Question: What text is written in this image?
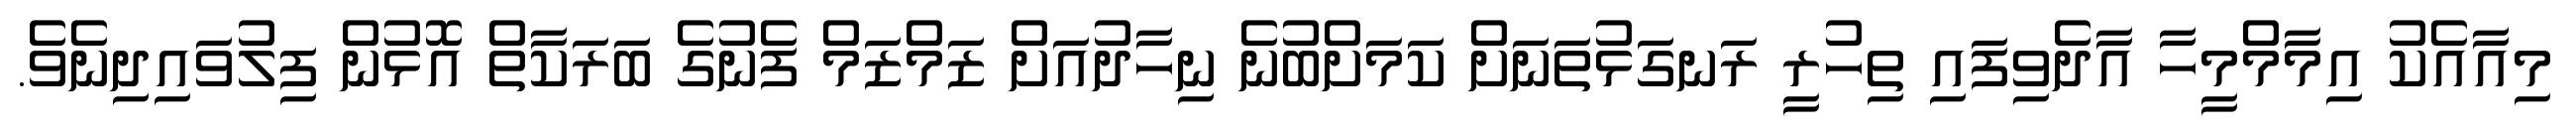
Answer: މިއާއެކު އިމާމްމީހާ އާދެވިފައި ތިހުރީ ރަނގަޅުތަނަށް ކަމަށްބުނެ ނިހާދުއަށް ޒަމްޒަމް ފެނުގެ ބަރަކާތް އޮޅުން ފިލުވައިދިނެވެ.